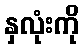
နှလုံးကို